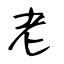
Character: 老